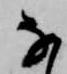
な